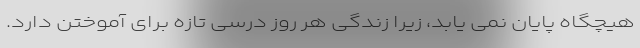
هیچگاه پایان نمی یابد، زیرا زندگی هر روز درسی تازه برای آموختن دارد.